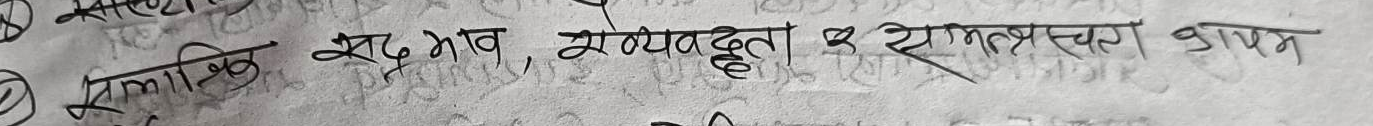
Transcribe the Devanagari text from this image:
सलामक्रि, शुद्ध भाव, संयमीबृत्ता & राममस्वरूप काम